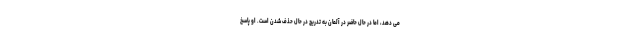
می دهد، اما در حال حاضر در آلمان به تدریج در حال حذف شدن است. او پاسخ